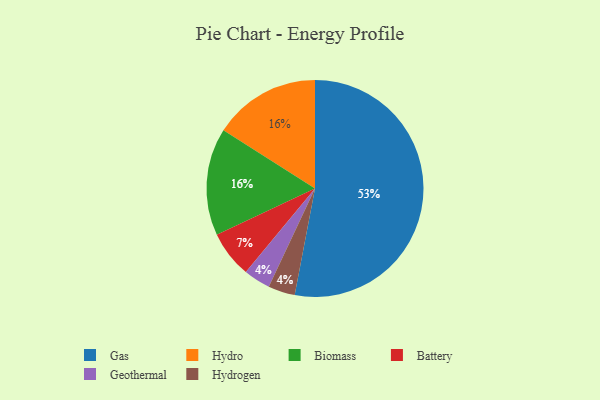
{"axis": {"x": "Category", "y": "Percentage"}, "legend": ["Battery", "Biomass", "Gas", "Geothermal", "Hydro", "Hydrogen"], "data": [{"x": "Gas", "y": 53, "type": "Gas"}, {"x": "Geothermal", "y": 4, "type": "Geothermal"}, {"x": "Hydro", "y": 16, "type": "Hydro"}, {"x": "Biomass", "y": 16, "type": "Biomass"}, {"x": "Battery", "y": 7, "type": "Battery"}, {"x": "Hydrogen", "y": 4, "type": "Hydrogen"}]}